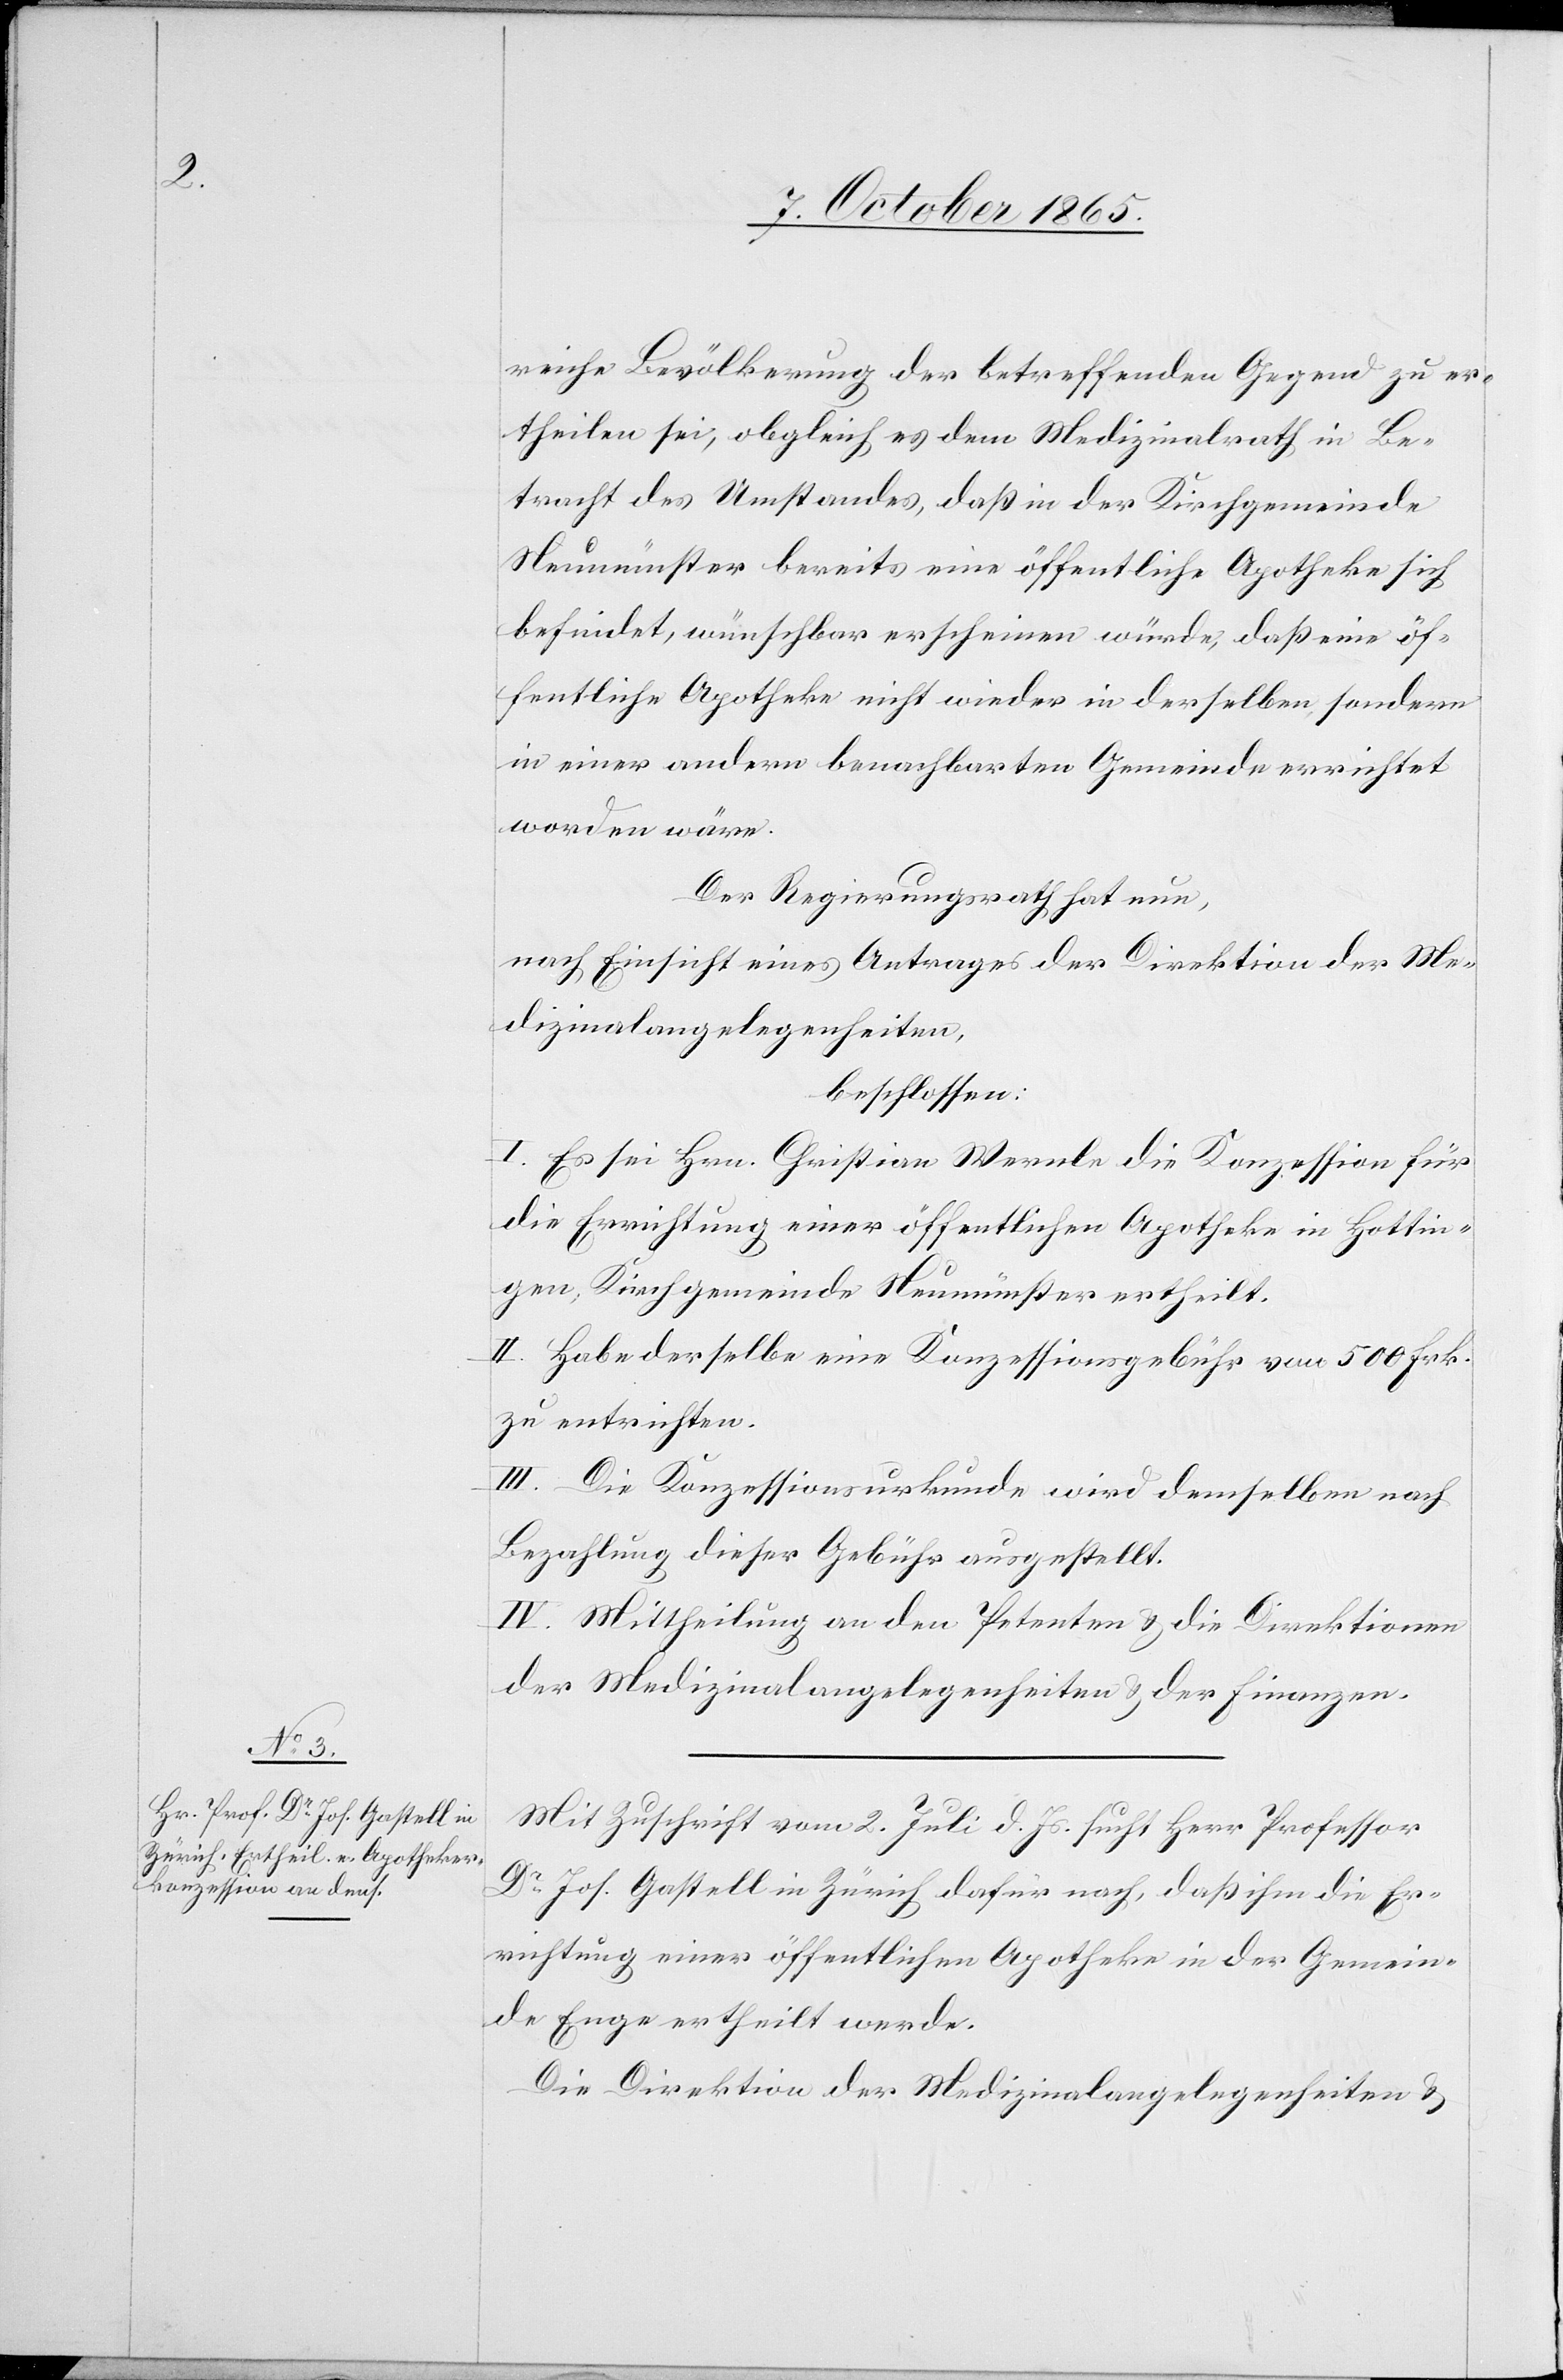
reiche Bevölkerung der betreffenden Gegend zu er¬
theilen sei, obgleich es dem Medizinalrath in Be¬
tracht des Umstandes, daß in der Kirchgemeinde
Neumünster bereits eine öffentliche Apotheke sich
befindet, wünschbar erscheinen würde, daß eine öf¬
fentliche Apotheke nicht wieder in derselben sondern
in einer andern benachbarten Gemeinde errichtet
worden wäre.
Der Regierungsrath hat nun,
nach Einsicht eines Antrages der Direktion der Me¬
dizinalangelegenheiten,
beschlossen:
I. Es sei Hrn. Christian Wernle die Konzession für
die Errichtung einer öffentlichen Apotheke in Hottin¬
gen, Kirchgemeinde Neumünster ertheilt.
II. Habe derselbe eine Konzessionsgebühr von 500 Frk.
zu entrichten.
III. Die Konzessionsurkunde wird demselben nach
Bezahlung dieser Gebühr ausgestellt.
IV. Mittheilung an den Petenten & die Direktionen
der Medizinalangelegenheiten & der Finanzen.
Mit Zuschrift vom 2. Juli d. Js. sucht Herr Professor
Dr Jos. Gastell in Zürich dafür nach, daß ihm die Er¬
richtung einer öffentlichen Apotheke in der Gemein¬
de Enge ertheilt werde.
Die Direktion der Medizinalangelegenheiten &